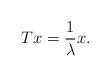
LaTeX: \begin{align*}Tx = \frac{1}{\lambda} x.\end{align*}